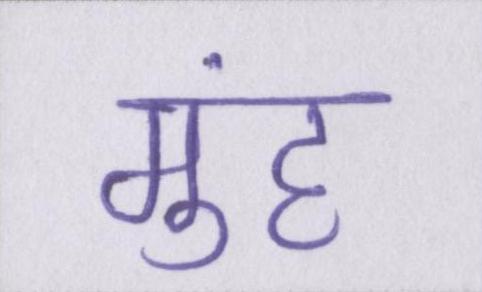
मुंह